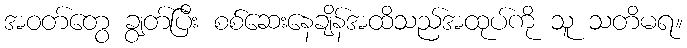
အဝတ်တွေ ချွတ်ပြီး စစ်ဆေးနေချိန်အထိသည်အထုပ်ကို သူ သတိမရ။